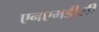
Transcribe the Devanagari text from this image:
एनएमडीसी